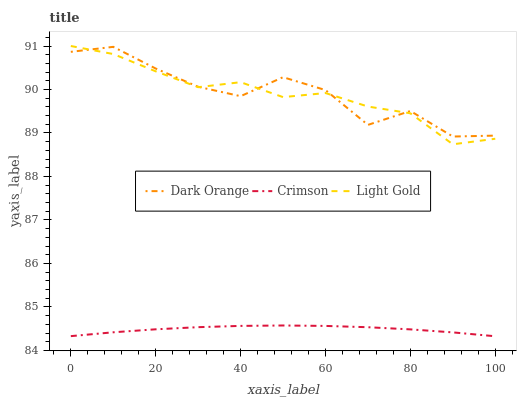
| xaxis_label | Dark Orange | Crimson | Light Gold |
 | --- | --- | --- | --- |
 | 0 | 90.9 | 84.3 | 91 |
 | 10 | 91 | 84.4 | 90.8 |
 | 20 | 90.5 | 84.5 | 90.4 |
 | 30 | 90.1 | 84.5 | 90.1 |
 | 40 | 89.8 | 84.6 | 90.2 |
 | 50 | 90.3 | 84.6 | 89.8 |
 | 60 | 90 | 84.6 | 89.9 |
 | 70 | 89.2 | 84.5 | 89.6 |
 | 80 | 89.5 | 84.5 | 89.5 |
 | 90 | 88.9 | 84.4 | 88.7 |
 | 100 | 88.9 | 84.3 | 88.9 |